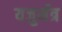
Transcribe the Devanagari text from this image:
यजुर्मंत्र